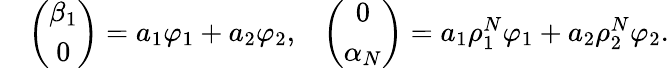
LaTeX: \begin{array}{rlr}&{\left(\begin{array}{c}{\beta_{1}}\\ {0}\end{array}\right)=a_{1}\varphi_{1}+a_{2}\varphi_{2},}&{\left(\begin{array}{c}{0}\\ {\alpha_{N}}\end{array}\right)=a_{1}\rho_{1}^{N}\varphi_{1}+a_{2}\rho_{2}^{N}\varphi_{2}.}\end{array}